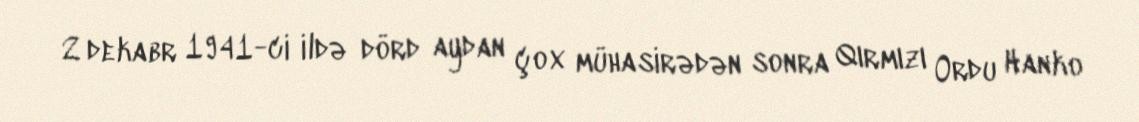
2 dekabr 1941-ci ildə dörd aydan çox mühasirədən sonra Qırmızı Ordu Hanko